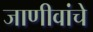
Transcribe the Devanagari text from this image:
जाणीवांचे